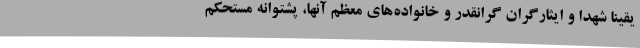
یقینا شهدا و ایثارگران گرانقدر و خانواده‌های معظم آنها، پشتوانه مستحکم